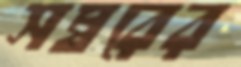
সম্বরের